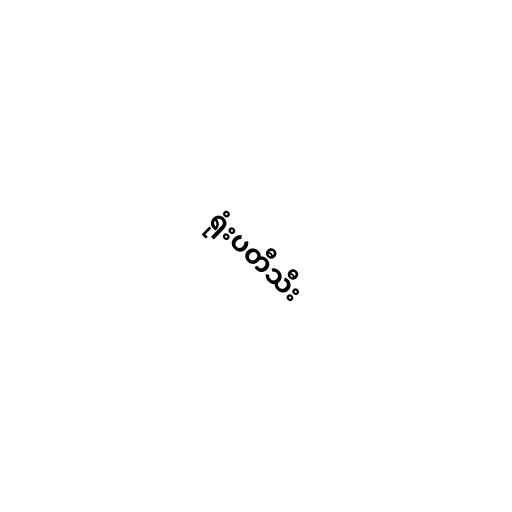
ရုံးပတီသီး